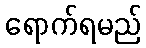
ရောက်ရမည်